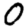
Digit: 0